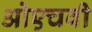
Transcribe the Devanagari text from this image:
ओएचवी